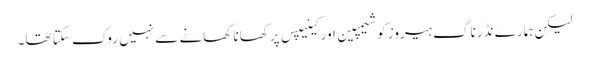
لیکن ہمارے نڈر ناگ ہیروز کو شیمپین اور کینیپس پر کھانا کھانے سے نہیں روک سکتا تھا۔